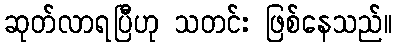
ဆုတ်လာရပြီဟု သတင်း ဖြစ်နေသည်။